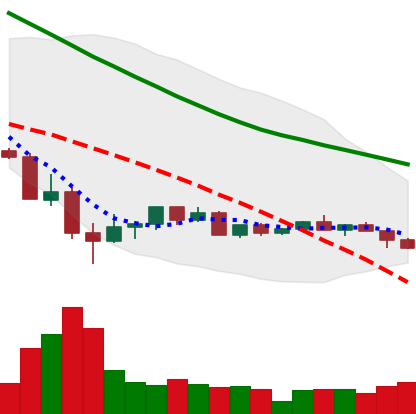
Ticker: LINK-USD
Chart end date: 2022-05-27
Forward return: 10.413%
Label: up_7plus